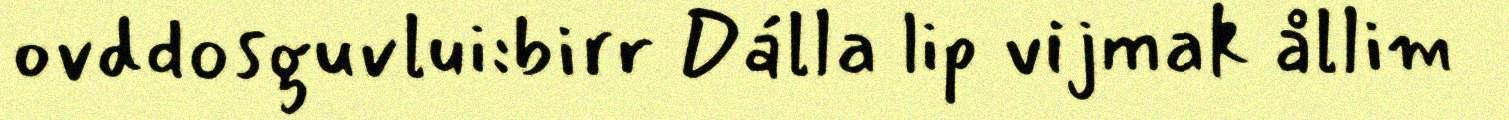
ovddosguvlui:birr Dálla lip vijmak ållim